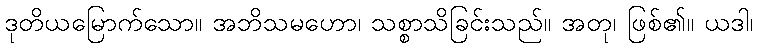
ဒုတိယမြောက်သော။ အဘိသမဟော၊ သစ္စာသိခြင်းသည်။ အတု၊ ဖြစ်၏။ ယဒါ၊